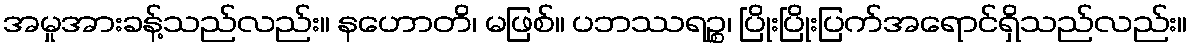
အမှုအားခန့်သည်လည်း။ နဟောတိ၊ မဖြစ်။ ပဘဿရဉ္စ၊ ပြိုးပြိုးပြက်အရောင်ရှိသည်လည်း။